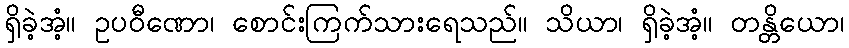
ရှိခဲ့အံ့။ ဥပဝီဏော၊ စောင်းကြက်သားရေသည်။ သိယာ၊ ရှိခဲ့အံ့။ တန္တိယော၊